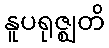
နူပရုဇ္ဈတိ